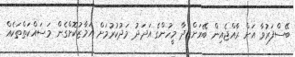
ބޭސްފަރުވާ އަށް ރާއްޖެއިން ބޭރަށް ދާ މީހުންގެ އަދަދު މަދުކުރުމަށް އަމާޒުކޮށްގެން މަސައްކަތްތަކެއް